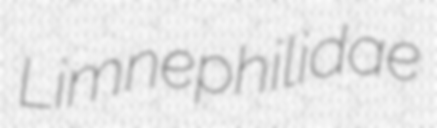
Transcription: Limnephilidae